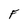
Character: F